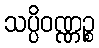
သပ္ပိဝဏ္ဏဉ္စ